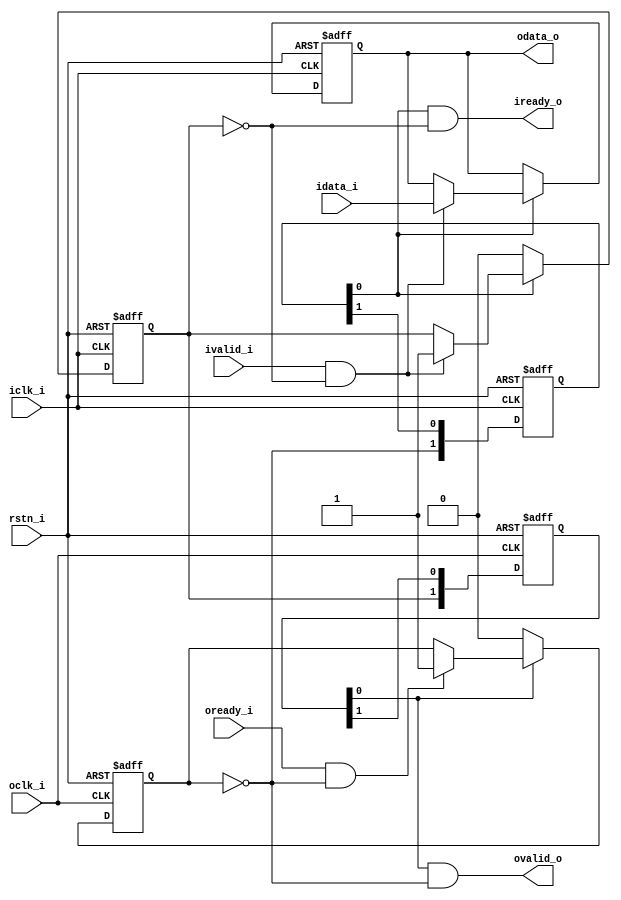
module sync
  (
   input        rstn_i,

   input        iclk_i,
   input [7:0]  idata_i,
   input        ivalid_i,
   output       iready_o,

   input        oclk_i,
   output [7:0] odata_o,
   output       ovalid_o,
   input        oready_i
   );

   reg [1:0]    iready_sq;
   reg          iready_mask_q;
   reg [7:0]    idata_q;

   assign iready_o = iready_sq[0] & ~iready_mask_q;

   always @(posedge iclk_i or negedge rstn_i) begin
      if (~rstn_i) begin
         iready_sq <= 2'b00;
         iready_mask_q <= 1'b0;
         idata_q <= 8'd0;
      end else begin
         iready_sq <= {~ovalid_mask_q, iready_sq[1]};
         if (~iready_sq[0])
           iready_mask_q <= 1'b0;
         else if (ivalid_i & ~iready_mask_q) begin
            idata_q <= idata_i;
            iready_mask_q <= 1'b1;
         end
      end
   end

   reg [1:0] ovalid_sq;
   reg       ovalid_mask_q;

   assign ovalid_o = ovalid_sq[0] & ~ovalid_mask_q;
   assign odata_o = idata_q;

   always @(posedge oclk_i or negedge rstn_i) begin
      if (~rstn_i) begin
         ovalid_sq <= 2'b00;
         ovalid_mask_q <= 1'b0;
      end else begin
         ovalid_sq <= {iready_mask_q, ovalid_sq[1]};
         if (~ovalid_sq[0])
           ovalid_mask_q <= 1'b0;
         else if (oready_i & ~ovalid_mask_q)
           ovalid_mask_q <= 1'b1;
      end
   end
endmodule